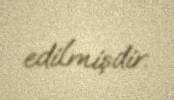
edilmişdir.